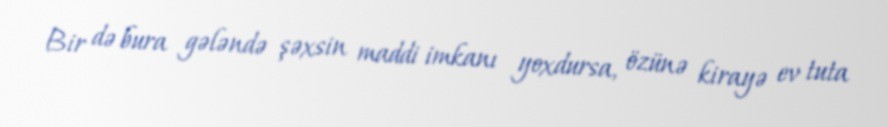
Bir də bura gələndə şəxsin maddi imkanı yoxdursa, özünə kirayə ev tuta